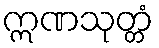
ဣဏသုတ္တံ